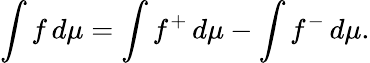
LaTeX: \int f\, d\mu=\int f^{+}\, d\mu-\int f^{-}\, d\mu.